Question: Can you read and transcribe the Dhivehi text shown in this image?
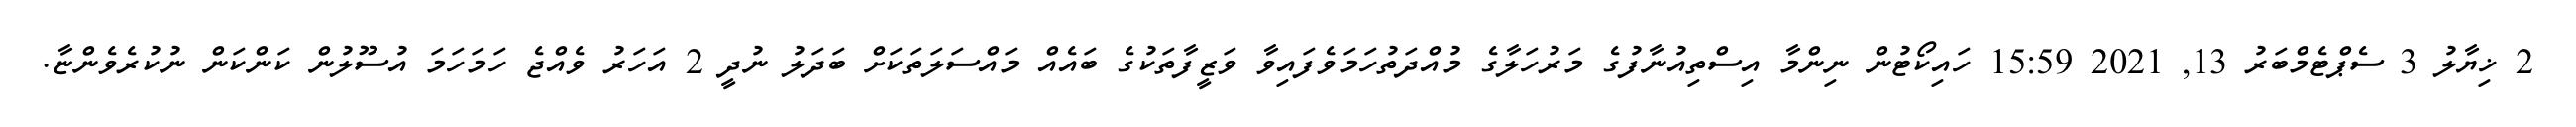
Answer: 2 ޚިޔާލު 3 ސެޕްޓެމްބަރު 13, 2021 15:59 ހައިކޯޓުން ނިންމާ އިސްތިއުނާފުގެ މަރުހަލާގެ މުއްދަތުހަމަވެފައިވާ ވަޒީފާތަކުގެ ބައެއް މައްސަލަތަކަށް ބަދަލު ނުދީ 2 އަހަރު ވެއްޖެ ހަމަހަމަ އުސޫލުން ކަންކަން ނުކުރެވެންޏާ.